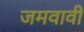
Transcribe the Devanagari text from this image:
जमवावी